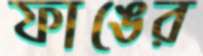
ফাঙের